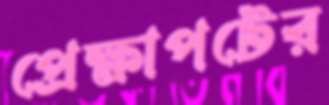
প্রেক্ষাপটের